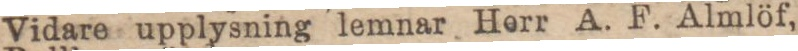
Vidare upplysning lemnar Herr A. F. Almlöf,